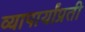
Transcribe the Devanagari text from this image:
व्यापार्यांप्रती